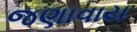
જણાવાય